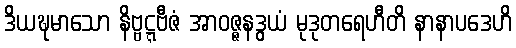
ဒိယဍ္ဎမာသော နိဗ္ဗဋ္ဋဗီဇံ အာဝဇ္ဇနဒွယံ မုဒုတရေဟီတိ နာနာပဒေဟိ